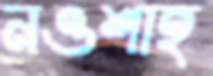
নওশাহ